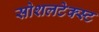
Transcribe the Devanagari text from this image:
सोशलटेक्स्ट